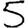
Digit: 5